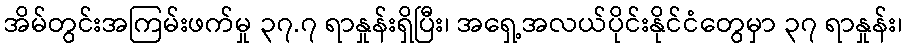
အိမ်တွင်းအကြမ်းဖက်မှု ၃၇.၇ ရာနှုန်းရှိပြီး၊ အရှေ့အလယ်ပိုင်းနိုင်ငံတွေမှာ ၃၇ ရာနှုန်း၊